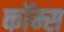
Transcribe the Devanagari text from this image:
कॉम्स